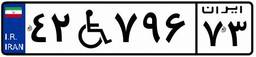
۴۲W۷۹۶۷۳